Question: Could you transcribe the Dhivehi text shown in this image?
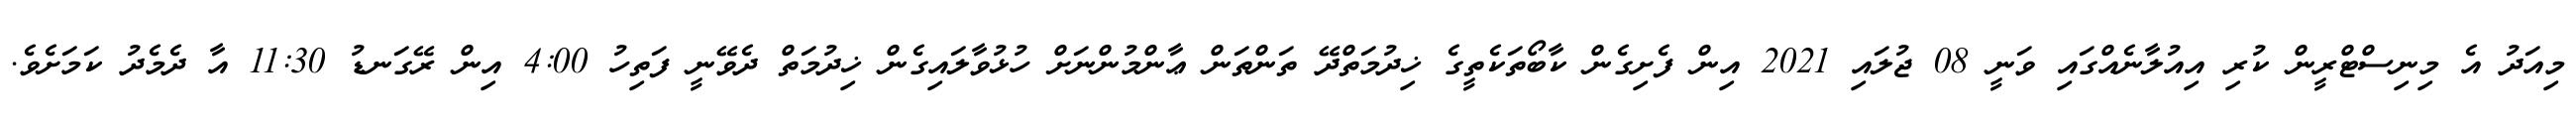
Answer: މިއަދު އެ މިނިސްޓްރީން ކުރި އިއުލާނެއްގައި ވަނީ 08 ޖުލައި 2021 އިން ފެށިގެން ކާބޯތަކެތީގެ ޚިދުމަތްދޭ ތަންތަން ޢާންމުންނަށް ހުޅުވާލައިގެން ޚިދުމަތް ދެވޭނީ ފަތިހު 4:00 އިން ރޭގަނޑު 11:30 އާ ދެމެދު ކަމަށެވެ.